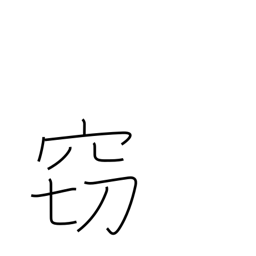
Meaning: hushed